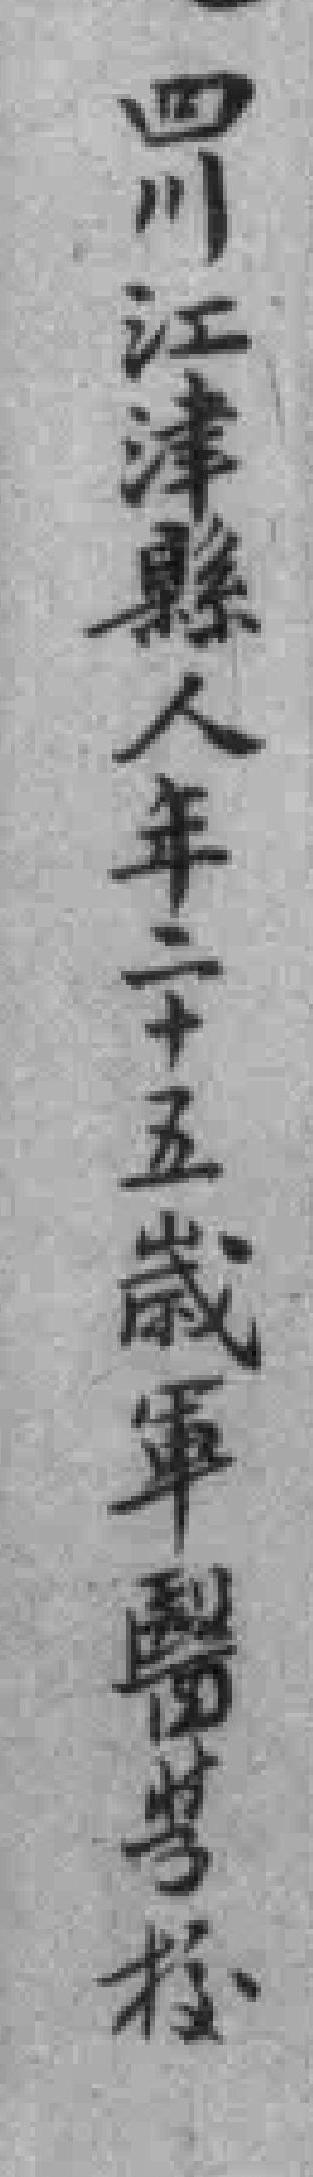
四川江津縣人年二十五歲軍醫學校